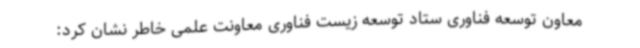
معاون توسعه فناوری ستاد توسعه زیست فناوری معاونت علمی خاطر نشان کرد: